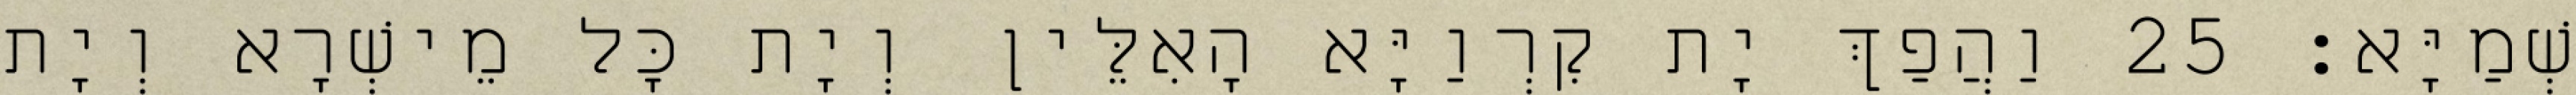
שְׁמַיָּא׃ 25 וַהֲפַךְ יָת קִרְוַיָּא הָאִלֵּין וְיָת כָּל מֵישְׁרָא וְיָת